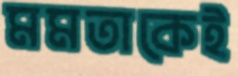
মমতাকেই